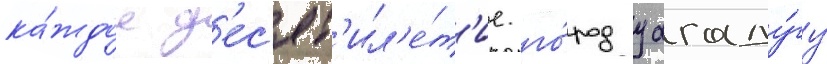
ка́ждое д'ес'ят'ил'е́т'ие. го́род уагаду́гу